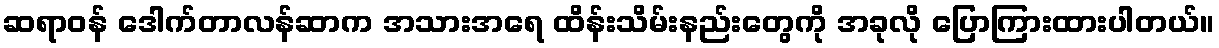
ဆရာဝန် ဒေါက်တာလန်ဆာက အသားအရေ ထိန်းသိမ်းနည်းတွေကို အခုလို ပြောကြားထားပါတယ်။